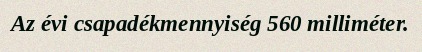
Az évi csapadékmennyiség 560 milliméter.